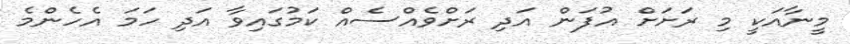
މީނާއަކީ މި ރަށަށް އުފަން އަދި ރަށްވެއްސެއް ކަމުގައިވާ އަދި ހަމަ އެހެންމެ